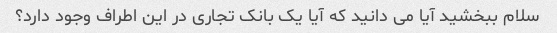
سلام ببخشید آیا می دانید که آیا یک بانک تجاری در این اطراف وجود دارد؟